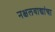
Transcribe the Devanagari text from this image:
नक्षलवाद्यांचा